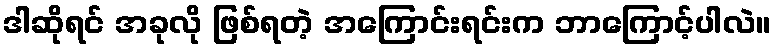
ဒါဆိုရင် အခုလို ဖြစ်ရတဲ့ အကြောင်းရင်းက ဘာကြောင့်ပါလဲ။